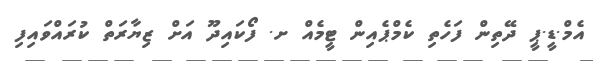
އެމް.ޑީ.ޕީ ދޭތިން ފަހެތި ކެމްޕެއިން ޓީމެއް ށ. ފޯކައިދޫ އަށް ޒިޔާރަތް ކުރައްވައިފި